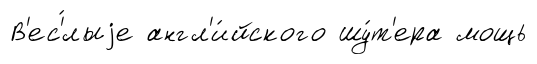
В'ес'́лыjе англ'и́йского шу́т'ера мощь